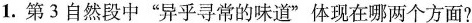
1.第3自然段中”异乎寻常的味道”体现在哪两个方面?